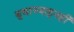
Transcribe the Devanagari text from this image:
बुधाच्याहूनही